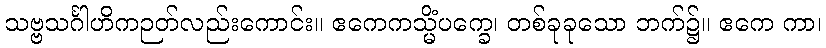
သဗ္ဗသင်္ဂါဟိကဉတ်လည်းကောင်း။ ဧကေကသ္မိံပက္ခေ၊ တစ်ခုခုသော ဘက်၌။ ဧကေ ကာ၊